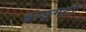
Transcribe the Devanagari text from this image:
ह्वाङ्‌गटी